Report on the administration of the Government Cinchona Department 1892-98
Year: 1892
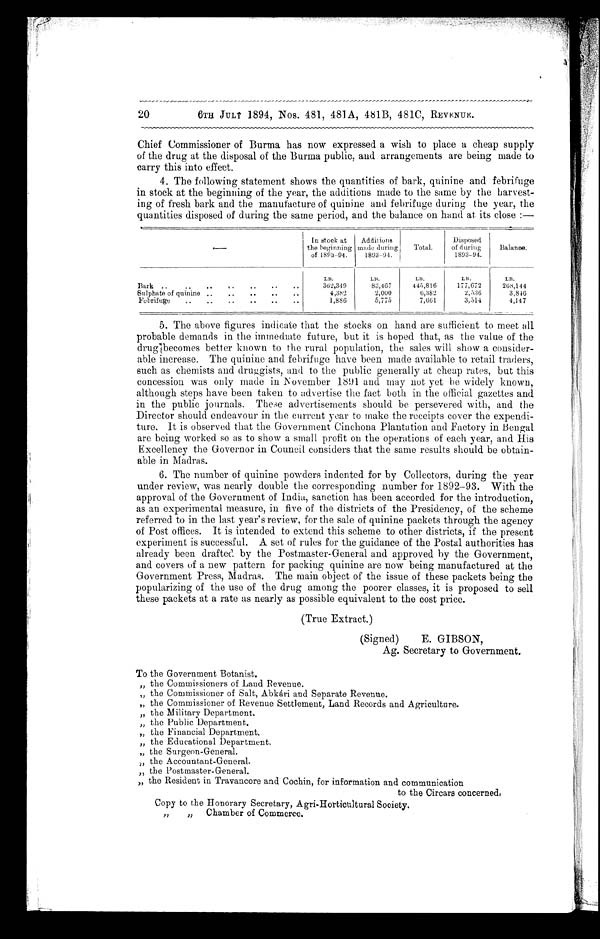
20 6TH JULY 1894, Nos. 481, 481A, 481B, 481C, REVENUE.
Chief Commissioner of Burma has now expressed a wish to place a cheap supply
of the drug at the disposal of the Burma public, and arrangements are being made to
carry this into effect.
4. The following statement shows the quantities of bark, quinine and febrifuge
in stock at the beginning of the year, the additions made to the same by the harvest
-ing of fresh bark and the manufacture of quinine and febrifuge during the year, the
quantities disposed of during the same period, and the balance on hand at its close:-
—
In stock at
the beginning
of 1893-94.
Additions
made during
1893-94.
Total.
Disposed
of during
1893-94.
Bal ance.
LB.
LB.
LB.
LB.
LB.
Bark
362,349
83,467
445,816
177,672
268,144
Sulphate of quinine
4,382
2,000
6,382
2,536
3,846
Febrifuge
1,886
5,775
7,661
3,514
4,147
5. The above figures indicate that the stocks on hand are sufficient to meet all
probable demands in the immediate future, but it is hoped that, as the value of the
drug becomes better known to the rural population, the sales will show a consider
- a b l e i n c r e a s e . T h e q u i n i n e a n d f e b r i f u g e h a v e b e e n m a d e a v a i l a b l e t o r e t a i l t r a d e r s ,
such as chemists and druggists, and to the public generally at cheap rates, but this
concession was only made in November 1891 and may not yet be widely known,
although steps have been taken to advertise the fact both in the official gazettes and
in the public journals. These advertisements should be persevered with, and the
Director should endeavour in the current year to make the receipts cover the expendi
- t u r e . I t i s o b s e r v e d t h a t t h e G o v e r n m e n t C i n c h o n a P l a n t a t i o n a n d F a c t o r y i n B e n g a l
are being worked so as to show a small profit on the operations of each year, and His
Excellency the Governor in Council considers that the same results should be obtain
-able in Madras.
6. The number of quinine powders indented for by Collectors, during the year
under review, was nearly double the corresponding number for 1892-93. With the
approval of the Government of India, sanction has been accorded for the introduction,
as an experimental measure, in five of the districts of the Presidency, of the scheme
referred to in the last year's review, for the sale of quinine packets through the agency
of Post offices. It is intended to extend this scheme to other districts, if the present
experiment is successful. A set of rules for the guidance of the Postal authorities has
already been drafted by the Postmaster-General and approved by the Government,
and covers of a new pattern for packing quinine are now being manufactured at the
Government Press, Madras. The main object of the issue of these packets being the
popularizing of the use of the drug among the poorer classes, it is proposed to sell
these packets at a rate as nearly as possible equivalent to the cost price.
(True Extract.)
(Signed) E. GIBSON,
Ag. Secretary to Government.
To the Government Botanist.
„ the Commissioners of Land Revenue.
„ the Commissioner of Salt, Abkári and Separate Revenue.
„ the Commissioner of Revenue Settlement, Land Records and Agriculture.
„ the Military Department.
„ the Public Department.
„ the Financial Department.
„ the Educational Department
„ the Surgeon-General.
„ the Accountant-General.
„ the Postmaster-General.
,, the Resident in Travancore and Cochin, for information and communication
to the Circars concerned?
Copy to the Honorary Secretary, Agri-Horticultural Society.
„ „ Chamber of Commerce.